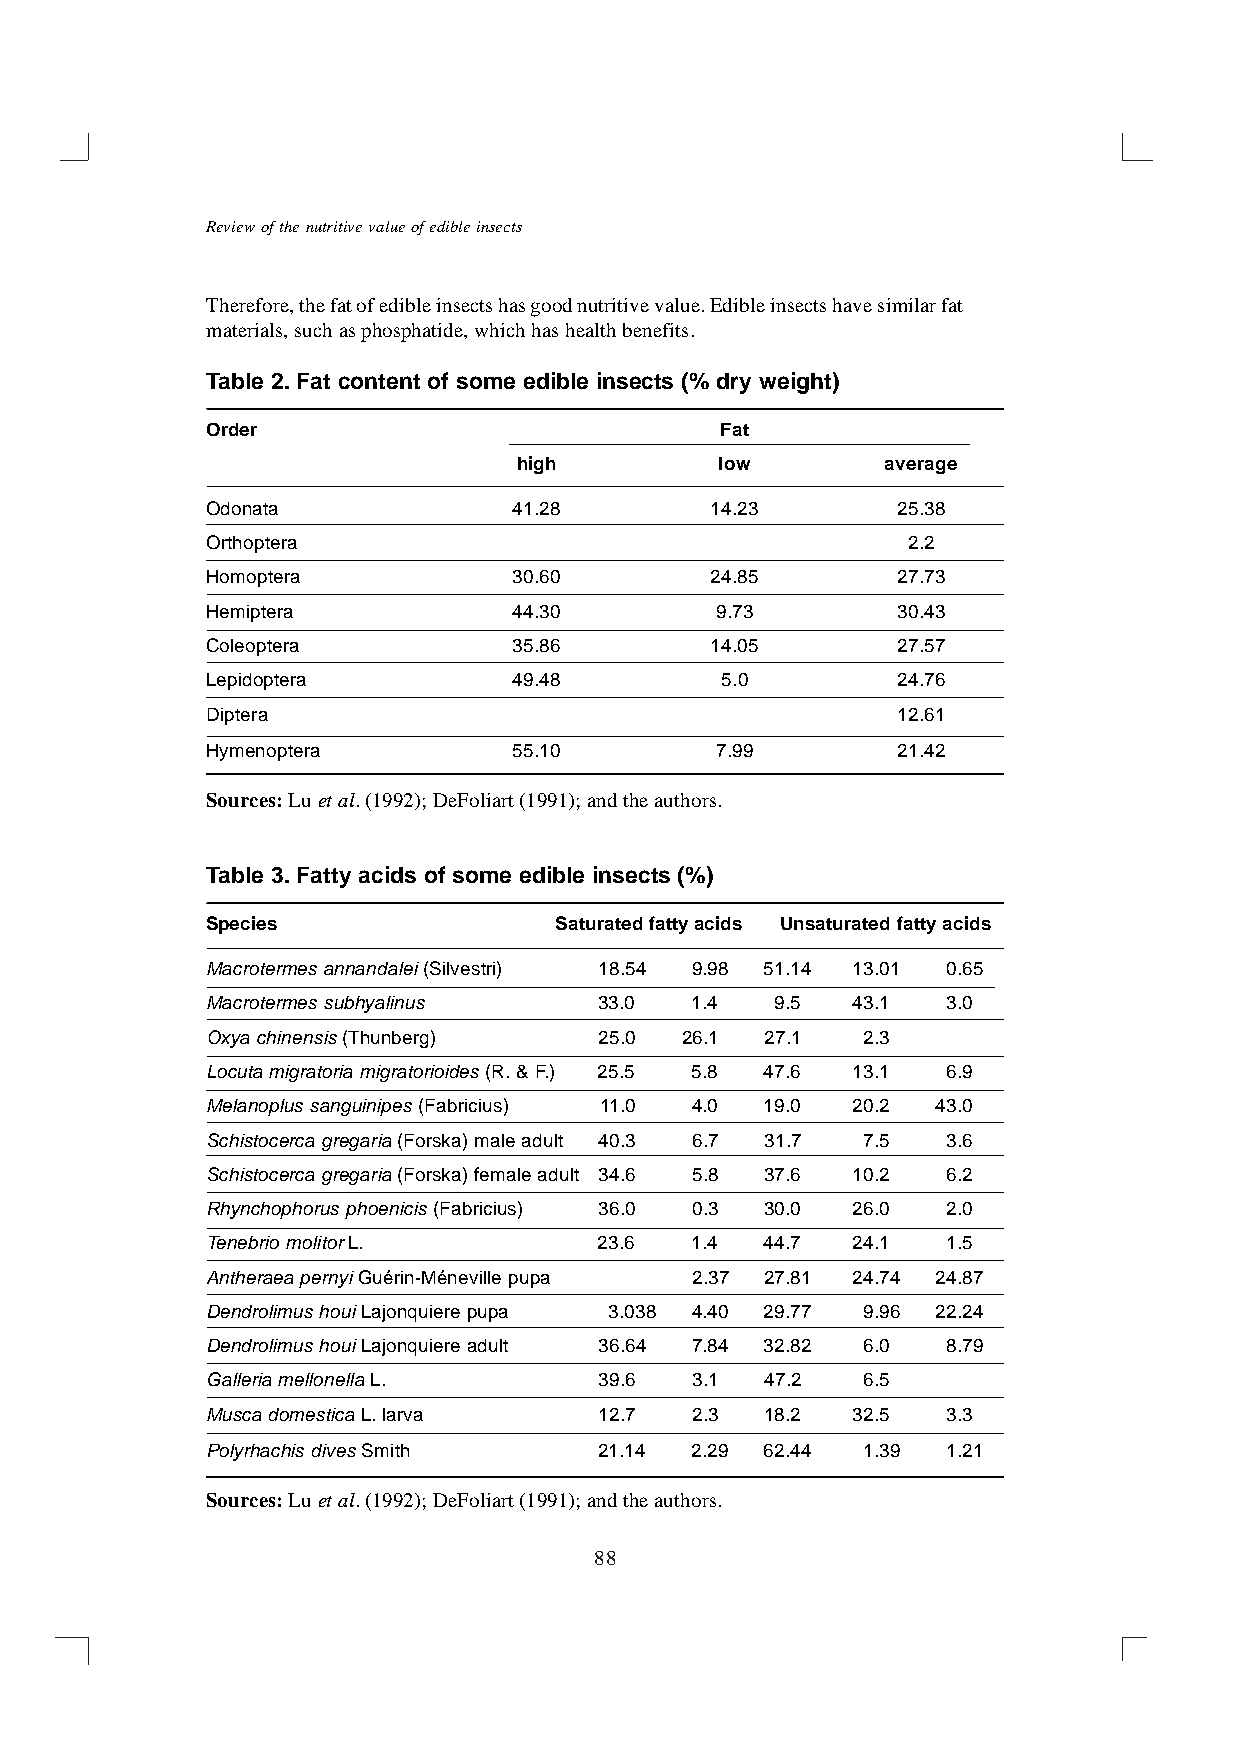
Review of the nutritive value of edible insects
 Therefore, the fat of edible insects has good nutritive value. Edible insects have similar fat
 materials, such as phosphatide, which has health benefits.
 Table 2. Fat content of some edible insects (% dry weight)
 Order                             Fat
 high          low        average
 Odonata             41.28        14.23       25.38
 Orthoptera                                    2.2
 Homoptera           30.60        24.85       27.73
 Hemiptera           44.30        9.73        30.43
 Coleoptera          35.86        14.05       27.57
 Lepidoptera         49.48         5.0        24.76
 Diptera                                      12.61
 Hymenoptera         55.10        7.99        21.42
 Sources: Lu et al. (1992); DeFoliart (1991); and the authors.
 Table 3. Fatty acids of some edible insects (%)
 Species                Saturated fatty acids Unsaturated fatty acids
 Macrotermes annandalei (Silvestri) 18.54 9.98 51.14 13.01 0.65
 Macrotermes subhyalinus   33.0  1.4  9.5  43.1   3.0
 Oxya chinensis (Thunberg) 25.0 26.1  27.1  2.3
 Locuta migratoria migratorioides (R. & F.) 25.5 5.8 47.6 13.1 6.9
 Melanoplus sanguinipes (Fabricius) 11.0 4.0 19.0 20.2 43.0
 Schistocerca gregaria (Forska) male adult 40.3 6.7 31.7 7.5 3.6
 Schistocerca gregaria (Forska) female adult 34.6 5.8 37.6 10.2 6.2
 Rhynchophorus phoenicis (Fabricius) 36.0 0.3 30.0 26.0 2.0
 Tenebrio molitor L.       23.6  1.4  44.7 24.1   1.5
 Antheraea pernyi Guérin-Méneville pupa 2.37 27.81 24.74 24.87
 Dendrolimus houi Lajonquiere pupa 3.038 4.40 29.77 9.96 22.24
 Dendrolimus houi Lajonquiere adult 36.64 7.84 32.82 6.0 8.79
 Galleria mellonella L.    39.6  3.1  47.2  6.5
 Musca domestica L. larva  12.7  2.3  18.2 32.5   3.3
 Polyrhachis dives Smith   21.14 2.29 62.44 1.39  1.21
 Sources: Lu et al. (1992); DeFoliart (1991); and the authors.
 88